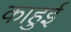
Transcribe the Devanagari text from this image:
काहुई